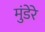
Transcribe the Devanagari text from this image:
मुंडेरे